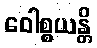
ဝေါစ္စယန္တိ